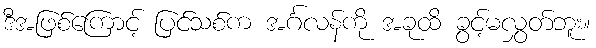
ဒီအဖြစ်ကြောင့် ပြင်သစ်က အင်္ဂလန်ကို အခုထိ ခွင့်မလွှတ်ဘူး။